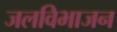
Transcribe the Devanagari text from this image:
जलविभाजन